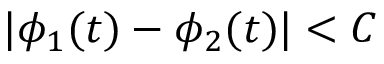
| \phi _ { 1 } ( t ) - \phi _ { 2 } ( t ) | < C